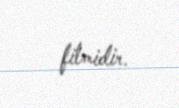
filmidir.